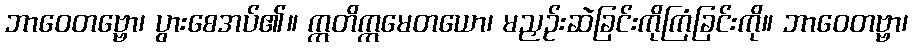
ဘာဝေတဗ္ဗော၊ ပွားစေအပ်၏။ ဣတိဣမေတယော၊ မညှဉ်းဆဲခြင်းကိုကြံခြင်းကို။ ဘာဝေတဗ္ဗာ၊